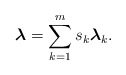
\begin{align*}\boldsymbol{\lambda} = \sum\limits_{k=1}^m s_k \boldsymbol{\lambda}_k.\end{align*}